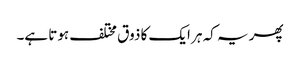
پھر یہ کہ ہر ایک کا ذوق مختلف ہوتا ہے۔